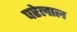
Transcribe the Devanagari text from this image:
परेलाल